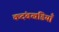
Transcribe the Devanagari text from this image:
कदंबखंडियाँ